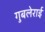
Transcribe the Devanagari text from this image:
गुबलेराई